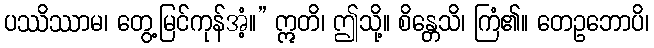
ပဿိဿာမ၊ တွေ့မြင်ကုန်အံ့။” ဣတိ၊ ဤသို့။ စိန္တေသိ၊ ကြံ၏။ တေဥဘောပိ၊